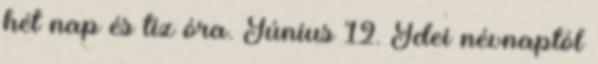
hét nap és tíz óra. Június 12. Idei névnaptól